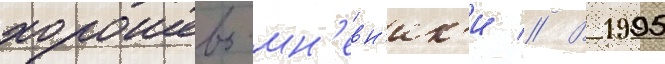
хорошево-мн'евн'ик'и // В 1995